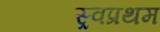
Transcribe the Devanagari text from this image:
स्र्वप्रथम